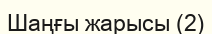
Шаңғы жарысы (2)